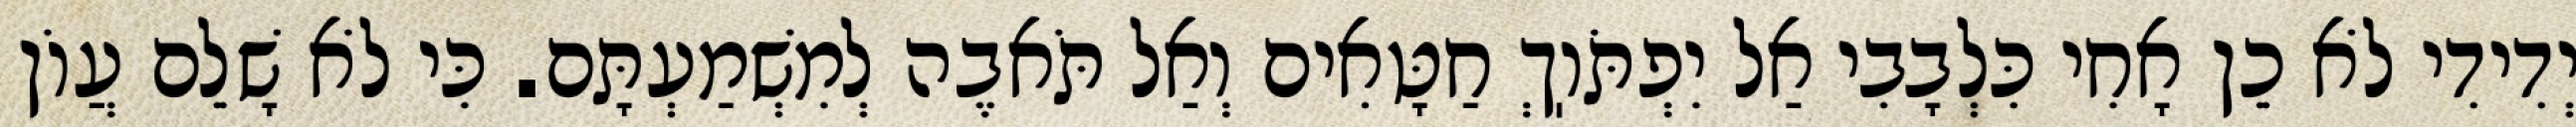
יְדִידִי לֹא כֵן אָחִי כִּלְבָבִי אַל יִפְתֹּוֽךְ חַטָּאִים וְאַל תֹּאבֶה לְמִשְׁמַעְתָּם. כִּי לֹא שָׁלֵם עֲוֹן